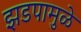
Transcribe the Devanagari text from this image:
झडपामुळे